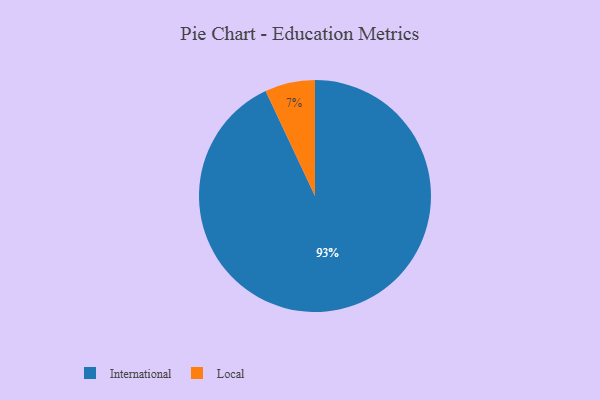
{"axis": {"x": "Category", "y": "Percentage"}, "legend": ["International", "Local"], "data": [{"x": "International", "y": 93, "type": "International"}, {"x": "Local", "y": 7, "type": "Local"}]}